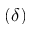
( \delta )